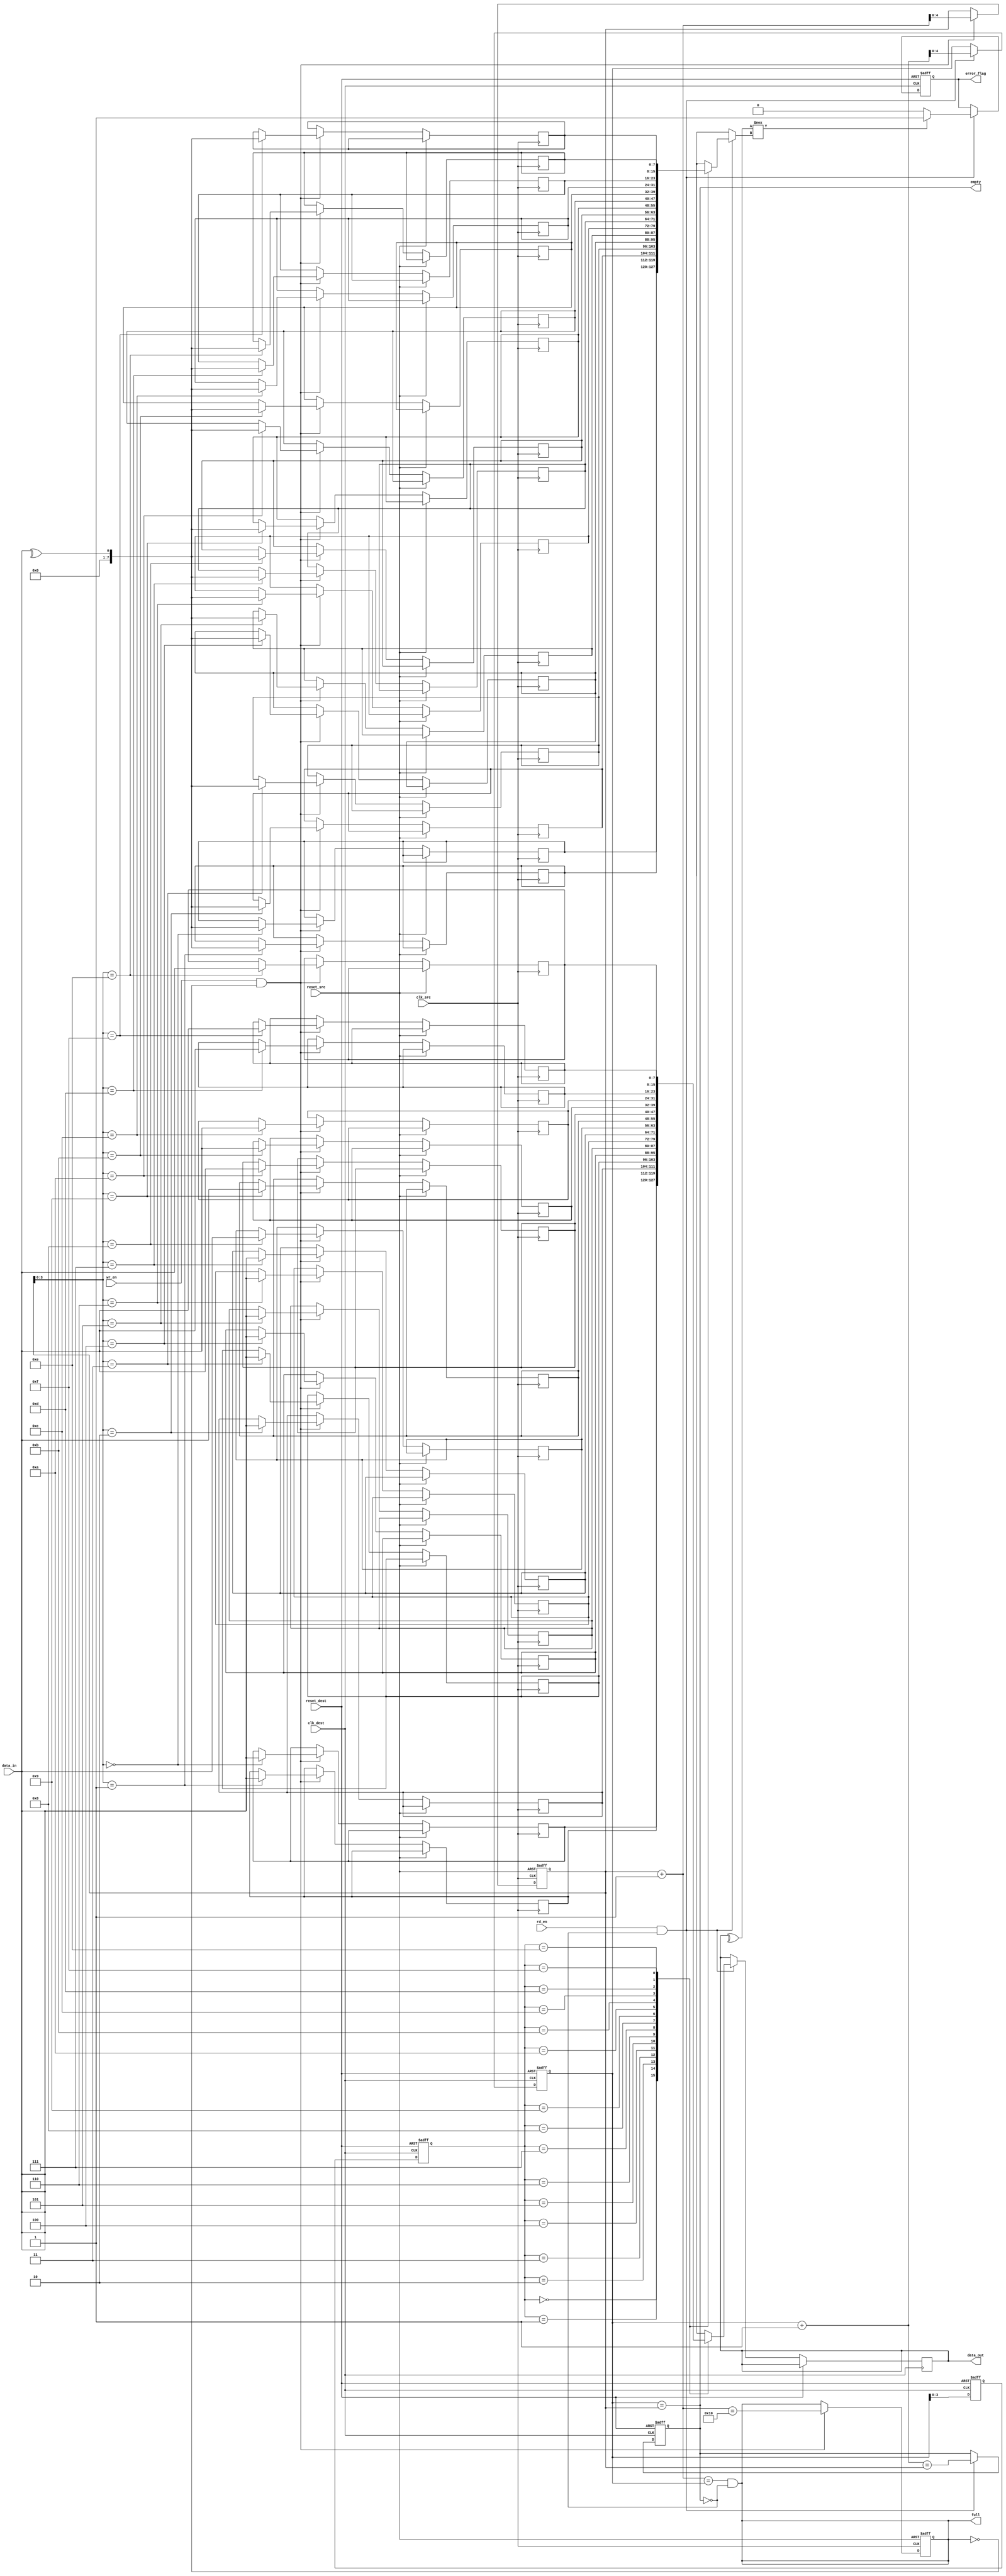
module dual_clock_fifo #(
    parameter DATA_WIDTH = 8, // Width of the data
    parameter FIFO_DEPTH = 16  // Number of entries in the FIFO
)(
    input wire clk_src,          // Source clock
    input wire clk_dest,         // Destination clock
    input wire reset_src,        // Asynchronous reset for source clock
    input wire reset_dest,       // Asynchronous reset for destination clock
    input wire [DATA_WIDTH-1:0] data_in, // Data to write
    input wire wr_en,            // Write enable
    input wire rd_en,            // Read enable
    output reg [DATA_WIDTH-1:0] data_out, // Data read
    output reg error_flag,       // Error flag for parity check
    output wire full,            // FIFO full indicator
    output wire empty            // FIFO empty indicator
);

    // Internal FIFO storage
    reg [DATA_WIDTH-1:0] fifo [0:FIFO_DEPTH-1];
    reg [DATA_WIDTH-1:0] parity [0:FIFO_DEPTH-1]; // Store parity bits
    reg [$clog2(FIFO_DEPTH):0] wr_pointer;  // Write pointer
    reg [$clog2(FIFO_DEPTH):0] rd_pointer;  // Read pointer

    // Synchronizing the read pointer from clk_dest to clk_src
    reg [$clog2(FIFO_DEPTH):0] sync_rd_pointer1;
    reg [$clog2(FIFO_DEPTH):0] sync_rd_pointer2;

    // Write Control Logic
    always @(posedge clk_src or posedge reset_src) begin
        if (reset_src) begin
            wr_pointer <= 0;
            full <= 0;
        end else if (wr_en && !full) begin
            fifo[wr_pointer] <= data_in;
            parity[wr_pointer] <= ^data_in; // Generate parity bit (even parity)
            wr_pointer <= wr_pointer + 1;
            full <= (wr_pointer + 1 == FIFO_DEPTH);
        end
    end

    // Synchronize the read pointer to the src clock domain
    always @(posedge clk_dest or posedge reset_dest) begin
        if (reset_dest) begin
            sync_rd_pointer1 <= 0;
            sync_rd_pointer2 <= 0;
        end else begin
            sync_rd_pointer1 <= rd_pointer;
            sync_rd_pointer2 <= sync_rd_pointer1; // Two flip-flop synchronizer
        end
    end

    // Read Control Logic
    always @(posedge clk_dest or posedge reset_dest) begin
        if (reset_dest) begin
            rd_pointer <= 0;
            empty <= 1;
            error_flag <= 0;
        end else if (rd_en && !empty) begin
            data_out <= fifo[sync_rd_pointer2];
            // Perform parity check
            if ((^data_out) !== parity[sync_rd_pointer2]) // Check for parity mismatch
                error_flag <= 1;
            else
                error_flag <= 0;

            rd_pointer <= rd_pointer + 1;
            empty <= (rd_pointer + 1 == wr_pointer); // Update empty flag
        end
    end

    // FIFO full and empty flag logic
    assign full = (wr_pointer + 1 == rd_pointer) && !empty; // Full condition
    assign empty = (rd_pointer == wr_pointer);               // Empty condition 

endmodule